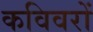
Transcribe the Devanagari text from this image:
कविवरों